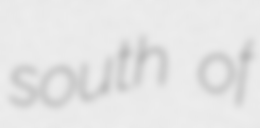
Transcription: south of